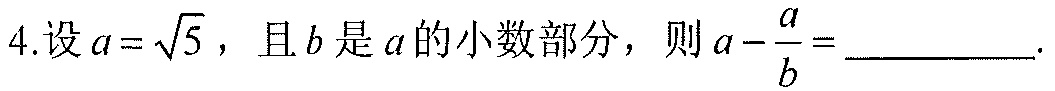
4.设\(a = \sqrt{5}\)，且\(b\)是\(a\)的小数部分，则\(a-\frac{a}{b}=\underline{\quad\quad}\).